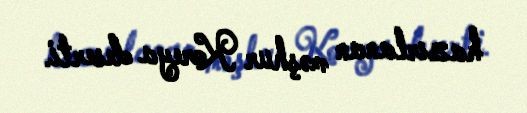
hazırlanan məşhur Koreya deserti.